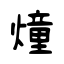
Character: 燑